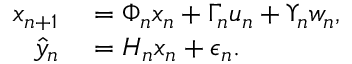
\begin{array} { r l } { x _ { n + 1 } } & { { } = \Phi _ { n } x _ { n } + \Gamma _ { n } u _ { n } + \Upsilon _ { n } w _ { n } , } \\ { \hat { y } _ { n } } & { { } = H _ { n } x _ { n } + \epsilon _ { n } . } \end{array}